Annual report of the Punjab Veterinary College and of the Civil Veterinary Department, Punjab - 1909-1919
Year: 1909
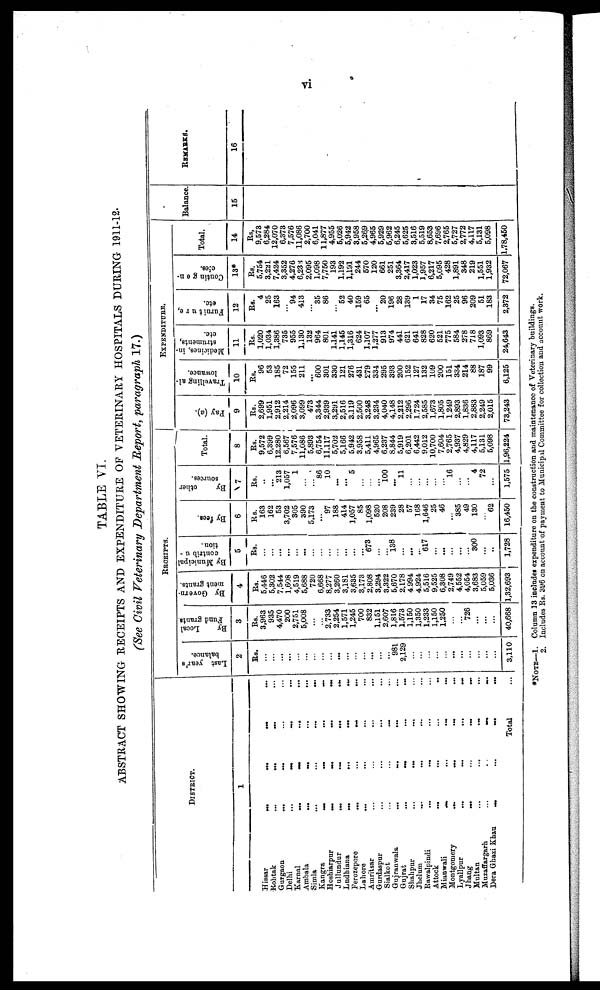
vi
TABLE VI.
ABSTRACT SHOWING RECEIPTS AND EXPENDITURE OF VETERINARY HOSPITALS DURING 1911-12.
(See Civil Veterinary Department Report, paragraph 17.)
DISTRICT.
1
Hissar
...
...
...
...
Rohtak
...
...
...
Gurgaon
... ... ... ...
Delhi
... ... ... ...
Karnal
...
...
...
...
Ambala
...
...
...
...
Simla
...
...
...
...
Kangra
...
...
...
...
Hoshiarpur
...
...
...
...
Jullundur
...
...
Ludhiana
...
...
...
...
Ferozepore
...
...
...
...
Lahore
... ... ... ...
Amritsar ... ... ... ...
Gurdaspur ... ... ... ...
Sialkot
...
...
...
Gujranwala
...
...
...
Gujrat
...
...
Shahpur
...
...
Jhelum
...
...
Rawalpindi
...
...
Attock
... ... ... ...
Mianwali
...
...
...
...
Montgomery
...
...
...
Lyallpur
...
...
...
...
Jhang ... ... ... ...
Multan
...
...
...
Muzaffargarh
...
. .
...
...
Dera Ghazi
Khan
...
...
...
...
Total
RECEIPTS.
Last year's
balance.
2
Rs.
...
...
...
...
...
...
...
...
...
...
...
...
...
...
...
...
981
2,129
...
...
...
...
...
...
...
...
...
...
...
3,110
By
Local
Fund grants.
3
Rs.
3,963
935
4,470
200
2,751
5,008
...
...
2,733
2,254
1,571
1,245
700
832
1,151
2,607
1,816
1,573
1,150
1,350
1,233
1,150
1,250
...
...
726
...
...
...
40,668
By Govern-
ment grants.
4
Rs.
5,446
5,302
7,544
1,608
4,519
5,688
720
6,668
8,277
3,260
3,181
3,635
3,173
2,808
3,294
3,322
5,670
2,178
4,994
4,924
5,516
9,525
6,308
2,749
4,552
4,054
3,683
5,059
5,036
1,32,693
B
y Municipal
contribu-
tion.
5
Rs.
...
...
...
...
...
...
...
...
...
...
...
...
...
673
...
...
138
...
...
...
617
...
...
...
...
...
300
...
..
1,728
By fees.
6
Rs.
163
162
53
3,702
305
390
5,173
...
97
188
414
1,057
85
1,098
520
208
239
28
57
168
1,646
25
46
...
385
49
130
...
62
16,450
By
other
sources.
7
Rs.
..
...
213
1,057
1
...
...
86
10
...
...
5
...
...
...
100
...
11
...
...
...
...
...
16
...
...
4
72
...
1,575
Total.
8
Rs.
9,572
6,399
12,280
6,567
7,576
11,086
5,893
6,754
11,117
5,702
5,166
5,942
3.958
5,411
4,965
6,237
8,844
5,919
6,201
6,442
9,012
10,700
7,604
2,765
4,937
4,829
4,117
5,131
5,098
1,96,224
EXPENDITURE.
Pay (a).
9
Rs.
2,699
1,951
2,912
2,214
2,096
3,099
473
3,344
2,939
3,291
2,516
3,119
2,500
3,248
3,234
4,040
4,148
2,212
2,296
1,724
2,585
1,673
1,805
1,249
2,893
1,836
2,883
2,249
2,015
73,243
Travelling al-
lowance.
10
Rs.
96
53
185
72
155
211
...
600
301
330
121
276
431
279
334
295
393
200
152
127
132
109
200
151
334
214
88
187
99
6,125
Medicines, in-
struments,
etc.
11
Rs.
1,020
1,034
1,386
735
955
1,130
132
964
801
1,141
1,145
1,316
624
1,107
1,277
913
974
441
621
641
828
620
521
775
584
278
718
1,093
869
24,643
Furuiture,
etc.
12
Rs.
4
25
163
...
94
413
...
35
86
...
52
40
159
65
...
20
196
28
139
1
17
34
75
162
25
96
209
51
183
2,372
Contingen-
cies.
13*
Rs.
5,754
3,231
7,424
3,352
4,276
6,233
2,095
1,098
7,750
193
1,192
1,191
244
570
120
661
251
3,364
2,417
1,023
1,957
6,217
5,095
428
1,891
348
219
1,551
1,932
72,067
Total.
14
Rs.
9,573
6,284
12,070
6,373
7,576
11,086
2,700
6,041
11,877
4,955
5,026
5,942
3,958
5,269
4,965
5,929
5,962
6,245
5,625
3,516
5,519
8,653
7,696
2,765
5,727
2,772
4,117
5,131
5,098
1,78,450
Balance
15
REMARKS.
16
*NOTE—1. Column 13 includes expenditure on the construction and maintenance of Veterinary buildings.
2. Includes Rs. 396 on account of payment to Municipal Committee for collection and account work.